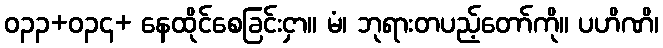
ဝ၃၃+ဝ၃၄+ နေထိုင်စေခြင်းငှာ။ မံ၊ ဘုရားတပည့်တော်ကို။ ပဟိဏိ၊